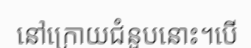
នៅក្រោយជំនួបនោះ។បើ